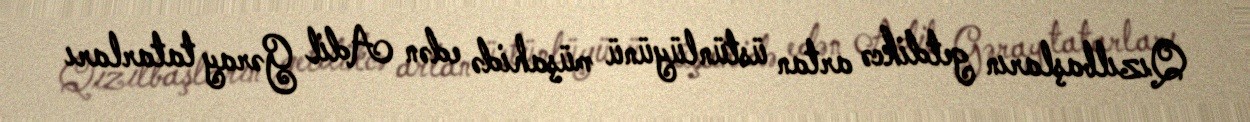
Qızılbaşların getdikcə artan üstünlüyünü müşahidə edən Adil Gəray tatarları